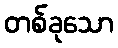
တစ်ခုသော